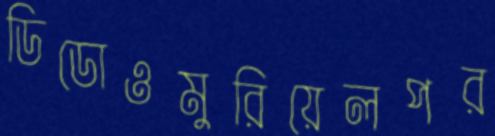
ডিডোওমুরিয়েলপর